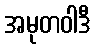
အမုတဝါဒီ